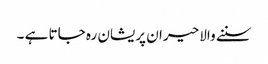
سننے والا حیران پریشان رہ جاتا ہے ۔